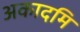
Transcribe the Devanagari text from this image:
अकादमि